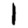
Digit: 1